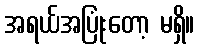
အရယ်အပြုံးတော့ မရှိ။